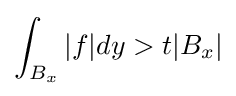
\int _{B_{x}}|f|dy>t|B_{x}|